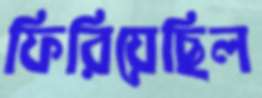
ফিরিয়েছিল